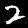
Label: 2